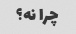
چرا نه؟